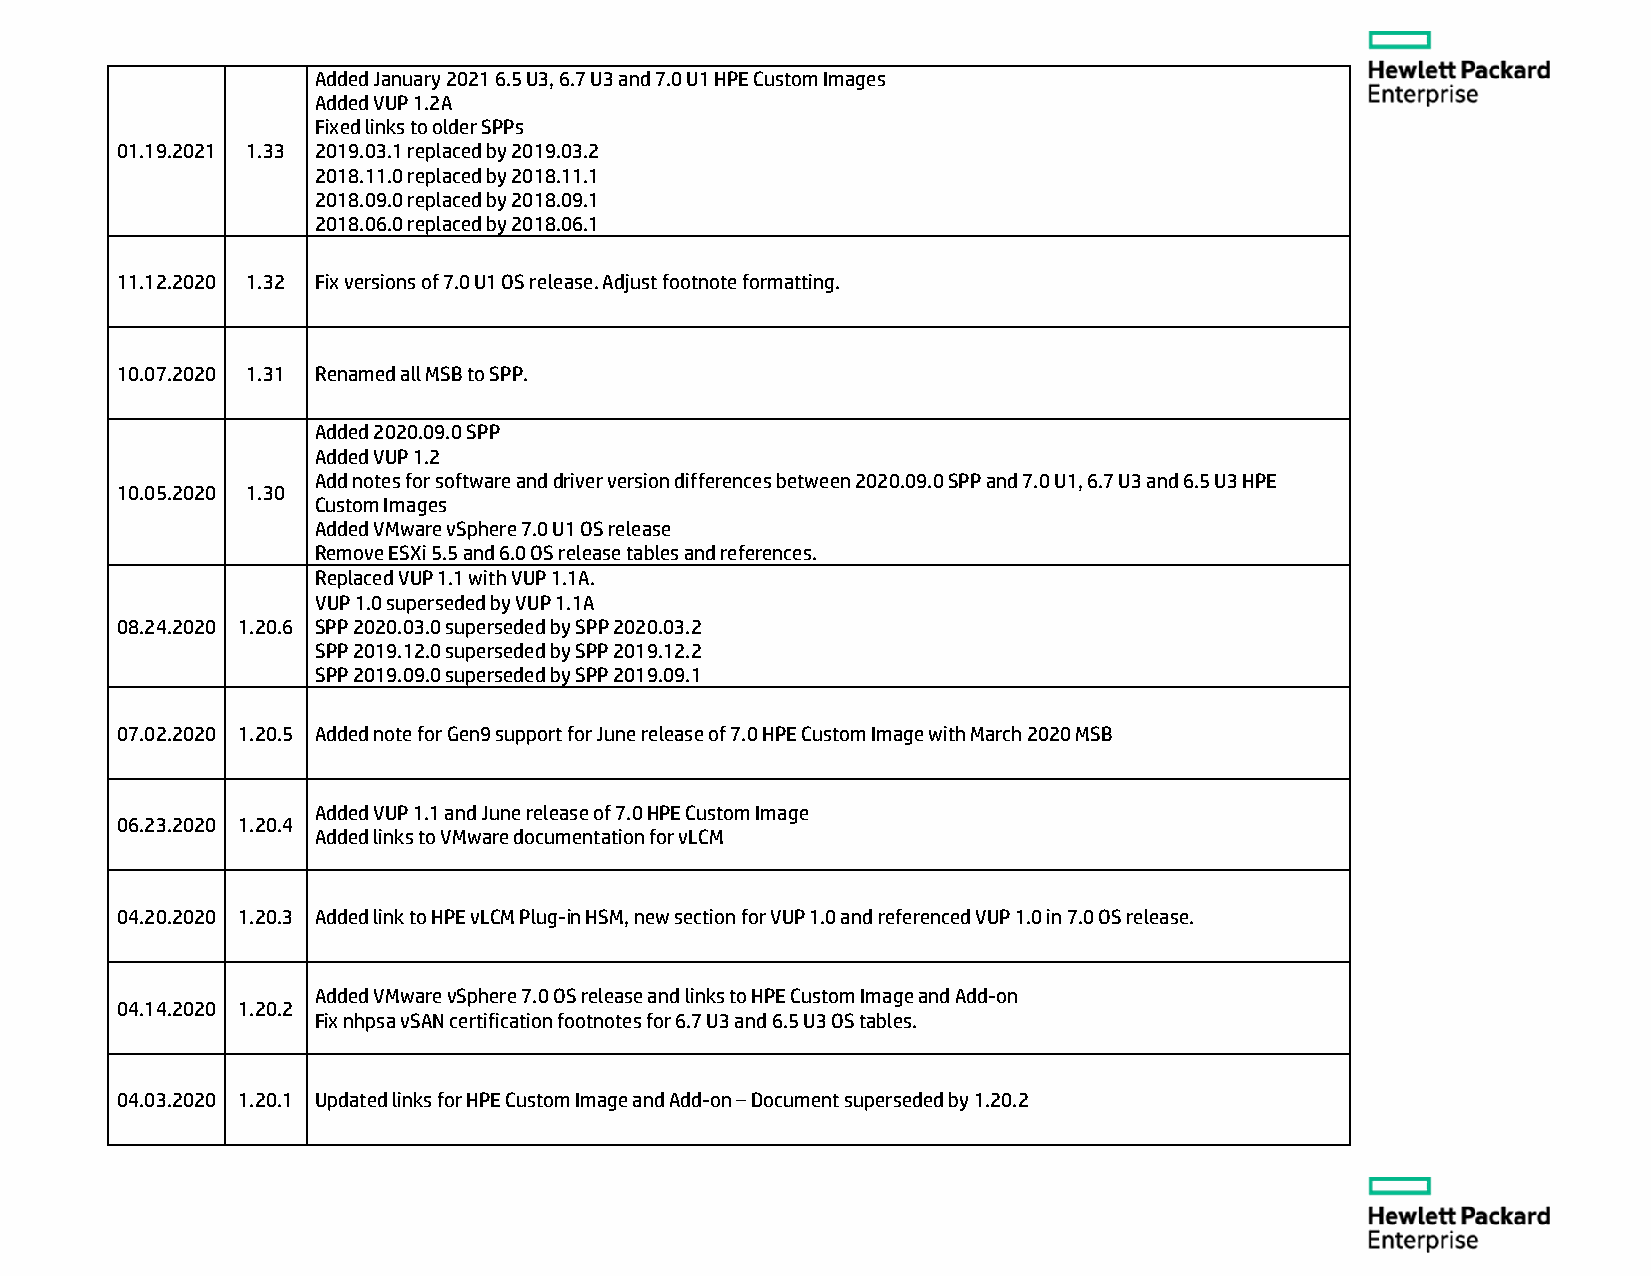
Added January 2021 6.5 U3, 6.7 U3 and 7.0 U1 HPE Custom Images
 Added VUP 1.2A
 Fixed links to older SPPs
 01.19.2021 1.33 2019.03.1 replaced by 2019.03.2
 2018.11.0 replaced by 2018.11.1
 2018.09.0 replaced by 2018.09.1
 2018.06.0 replaced by 2018.06.1
 11.12.2020 1.32 Fix versions of 7.0 U1 OS release. Adjust footnote formatting.
 10.07.2020 1.31 Renamed all MSB to SPP.
 Added 2020.09.0 SPP
 Added VUP 1.2
 Add notes for software and driver version differences between 2020.09.0 SPP and 7.0 U1, 6.7 U3 and 6.5 U3 HPE
 10.05.2020 1.30
 Custom Images
 Added VMware vSphere 7.0 U1 OS release
 Remove ESXi 5.5 and 6.0 OS release tables and references.
 Replaced VUP 1.1 with VUP 1.1A.
 VUP 1.0 superseded by VUP 1.1A
 08.24.2020 1.20.6 SPP 2020.03.0 superseded by SPP 2020.03.2
 SPP 2019.12.0 superseded by SPP 2019.12.2
 SPP 2019.09.0 superseded by SPP 2019.09.1
 07.02.2020 1.20.5 Added note for Gen9 support for June release of 7.0 HPE Custom Image with March 2020 MSB
 Added VUP 1.1 and June release of 7.0 HPE Custom Image
 06.23.2020 1.20.4
 Added links to VMware documentation for vLCM
 04.20.2020 1.20.3 Added link to HPE vLCM Plug-in HSM, new section for VUP 1.0 and referenced VUP 1.0 in 7.0 OS release.
 Added VMware vSphere 7.0 OS release and links to HPE Custom Image and Add-on
 04.14.2020 1.20.2
 Fix nhpsa vSAN certification footnotes for 6.7 U3 and 6.5 U3 OS tables.
 04.03.2020 1.20.1 Updated links for HPE Custom Image and Add-on – Document superseded by 1.20.2